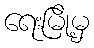
ရေးမြို့မှ